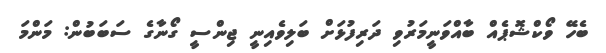
ބެހޭ ވޯކްޝޮޕެއް ބާއްވަނީމަރުވި ދަރިފުޅަށް ބަލިވެއިނީ ޖިންސީ ގޯނާގެ ސަބަބުން: މަންމަ